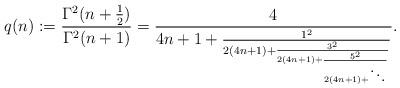
LaTeX: \begin{align*}q(n):=\frac{\Gamma^2(n+\frac 12)}{\Gamma^2(n+1)}=\frac{4}{4n+1+\frac{1^2}{2(4n+1)+\frac{3^2}{2(4n+1)+\frac{5^2}{2(4n+1)+\ddots}}}}.\end{align*}